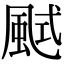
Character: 𩗎